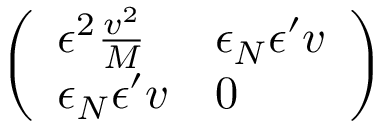
\left( \begin{array} { l l } { { \epsilon ^ { 2 } { \frac { v ^ { 2 } } { M } } } } & { { \epsilon _ { N } \epsilon ^ { \prime } v } } \\ { { \epsilon _ { N } \epsilon ^ { \prime } v } } & { { 0 } } \end{array} \right)